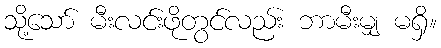
သို့သော် မီးလင်းဖိုတွင်လည်း ဘာမီးမျှ မရှိ။